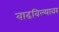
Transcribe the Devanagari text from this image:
वाढविल्यावर